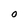
Character: O